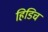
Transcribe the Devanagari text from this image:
हिडिच